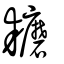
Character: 耱